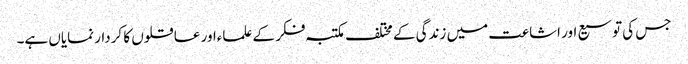
جس کی توسیع اور اشاعت میں زندگی کے مختلف مکتبہ فکر کے علماءاور عاقلوں کا کردار نمایاں ہے۔